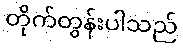
တိုက်တွန်းပါသည်